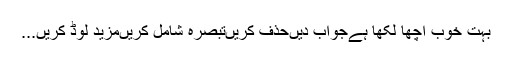
بہت خوب اچھا لکھا ہےجواب دیںحذف کریںتبصرہ شامل کریںمزید لوڈ کریں...